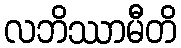
လဘိဿာမီတိ